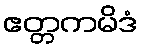
ဧတ္တကမိဒံ